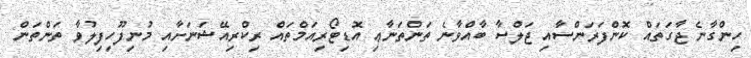
ހިންގާނެ ޖާގަތައް ކޮންފަރަންސާއި ޖަލްސާ ބާއްވާނެ ތަންތަނާޢި އޮޑިޓޯރިއަމްތައް ރިކްރިއޭޝަނަށާއި މުނިފޫހިފިލުވާ ތަންތަން